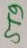
Text: ST9